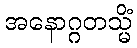
အနောဂ္ဂတသ္မိံ